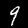
Digit: 9